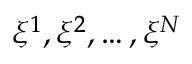
\xi ^ { 1 } , \xi ^ { 2 } , \dots , \xi ^ { N }